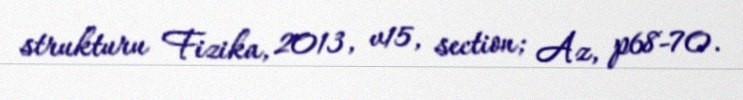
strukturu Fizika, 2013, v15, section; Az, p68-70.